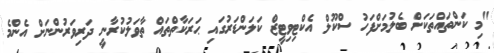
"މި ކަންތައްތަކަށް ބެލުމަށްފަހު ސްކޫލް އެކްޓިވިޓީޒް ކަލަންޑަރުގައި ޙަރަކާތްތައް ތާވަލުކުރާނީ ދަރިވަރުންނަށް އެންމެ